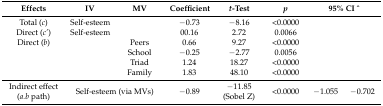
<table><thead><tr><td><b>Effects</b></td><td><b>IV</b></td><td><b>MV</b></td><td><b>Coefficient</b></td><td><b><i>t</i>-Test</b></td><td><b><i>p</i></b></td><td colspan="2"><b>95% CI ^</b></td></tr></thead><tbody><tr><td>Total (<i>c</i>)</td><td>Self-esteem</td><td></td><td>−0.73</td><td>−8.16</td><td>&lt;0.0000</td><td></td><td></td></tr><tr><td>Direct (<i>c’</i>)</td><td>Self-esteem</td><td></td><td>00.16</td><td>2.72</td><td>0.0066</td><td></td><td></td></tr><tr><td>Direct (<i>b</i>)</td><td></td><td>Peers</td><td>0.66</td><td>9.27</td><td>&lt;0.0000</td><td></td><td></td></tr><tr><td></td><td></td><td>School</td><td>−0.25</td><td>−2.77</td><td>0.0056</td><td></td><td></td></tr><tr><td></td><td></td><td>Triad</td><td>1.24</td><td>18.27</td><td>&lt;0.0000</td><td></td><td></td></tr><tr><td></td><td></td><td>Family</td><td>1.83</td><td>48.10</td><td>&lt;0.0000</td><td></td><td></td></tr><tr><td>Indirect effect (<i>a.b</i> path)</td><td colspan="2">Self-esteem (via MVs)</td><td>−0.89</td><td>−11.85(Sobel Z)</td><td>&lt;0.0000</td><td>−1.055</td><td>−0.702</td></tr></tbody></table>